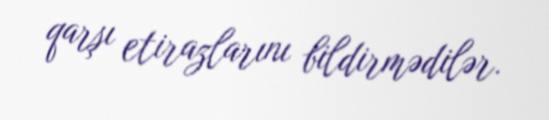
qarşı etirazlarını bildirmədilər.